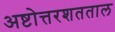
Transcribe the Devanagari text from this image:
अष्टोत्तरशतताल